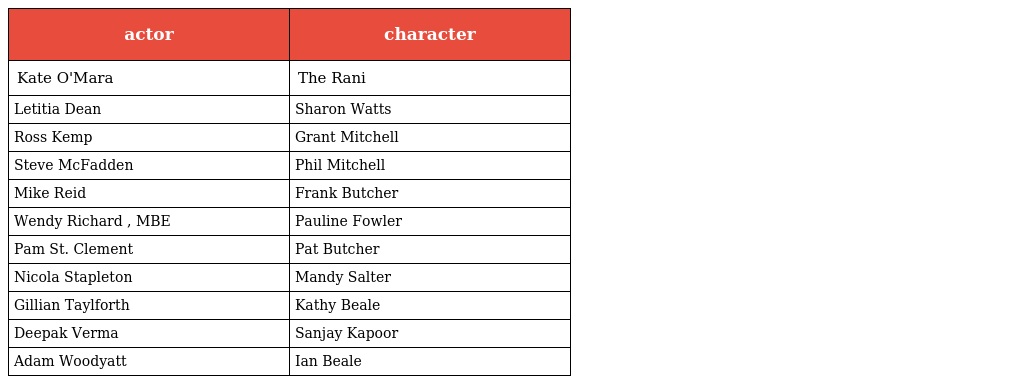
| actor | character |
 | --- | --- |
 | Kate O'Mara | The Rani |
 | Letitia Dean | Sharon Watts |
 | Ross Kemp | Grant Mitchell |
 | Steve McFadden | Phil Mitchell |
 | Mike Reid | Frank Butcher |
 | Wendy Richard , MBE | Pauline Fowler |
 | Pam St. Clement | Pat Butcher |
 | Nicola Stapleton | Mandy Salter |
 | Gillian Taylforth | Kathy Beale |
 | Deepak Verma | Sanjay Kapoor |
 | Adam Woodyatt | Ian Beale |